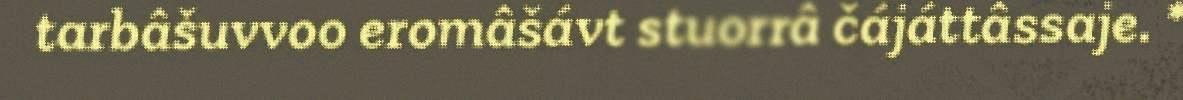
tarbâšuvvoo eromâšávt stuorrâ čájáttâssaje. *